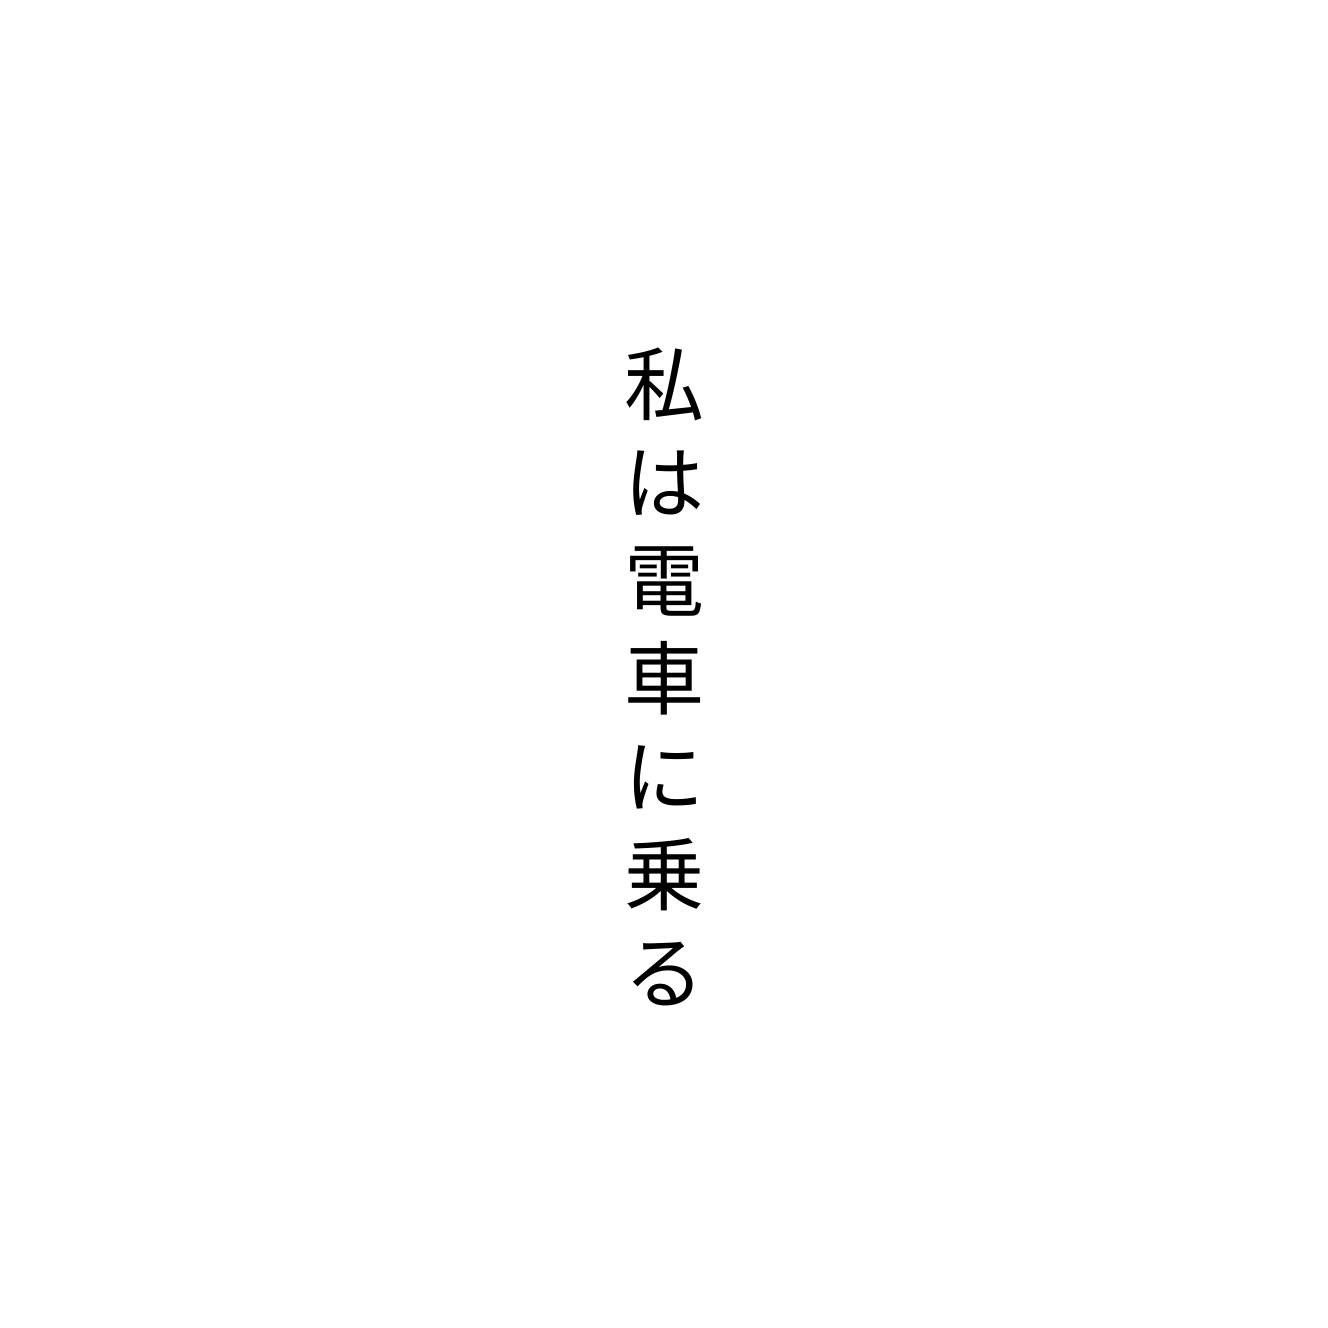
私は電車に乗る